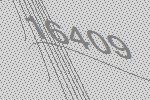
16409